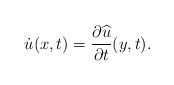
\begin{align*} \dot u (x,t)= \frac{\partial \widehat u}{\partial t}(y,t).\end{align*}